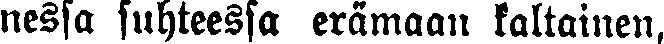
nessa suhteessa erämaan kaltainen,